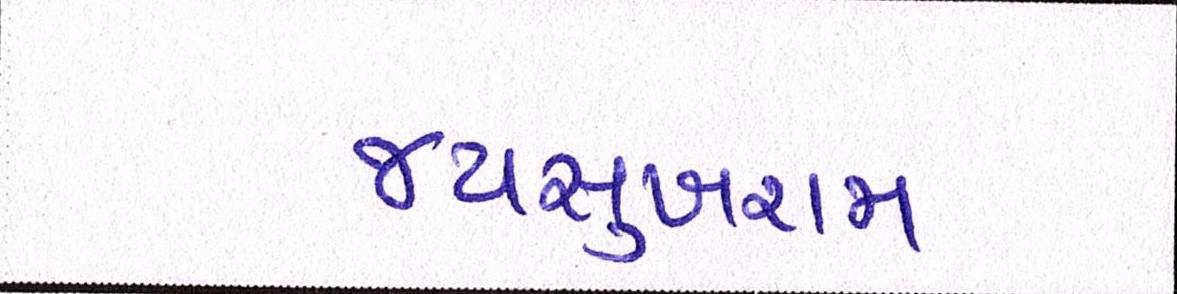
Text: જયસુખરામ